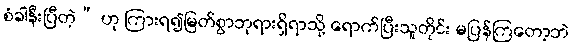
စံခါနီးပြီတဲ့” ဟု ကြားရ၍မြတ်စွာဘုရားရှိရာသို့ ရောက်ပြီးသူတိုင်း မပြန်ကြတော့ဘဲ